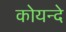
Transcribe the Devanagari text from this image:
कोयन्दे